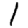
Digit: 1